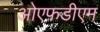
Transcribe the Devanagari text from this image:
ओएफडीएम